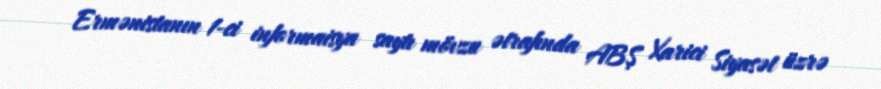
Ermənistanın 1-ci informaisya saytı mövzu ətrafında ABŞ Xarici Siyasət üzrə